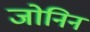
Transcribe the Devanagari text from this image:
जोनिन